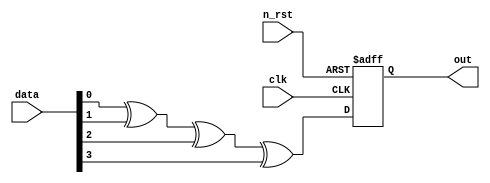
module parity(
    input clk,
    input n_rst,
    input [3:0] data,
    output reg out
);

always @(posedge clk or negedge n_rst) begin
    if (!n_rst) begin
        out <= 1'b0;
    end    
    else begin
        out <= (data[0] ^ data[1] ^ data[2] ^ data[3]);

    end
    //parity even = 0 , odd =1

end

endmodule